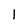
Character: I